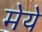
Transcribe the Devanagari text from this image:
मेये